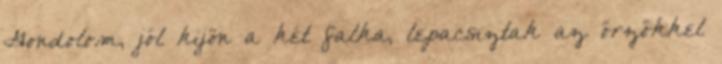
Gondolom, jól kijön a két falka, lepacsiztak az őrzőkkel